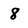
Character: 8